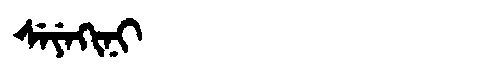
Manchu: ᠰᡝᠶᡝᡴᡳᠨᡳ
Romanization: SEYEKINI